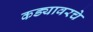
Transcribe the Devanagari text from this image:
कड्यावरचे